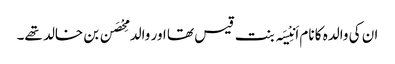
ان کی والدہ کا نام اَنِیْسَہ بنت قیس تھا اور والد مِحْصَن بن خالد تھے۔